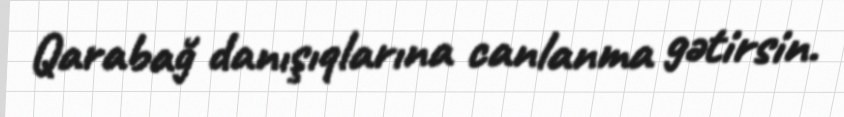
Qarabağ danışıqlarına canlanma gətirsin.